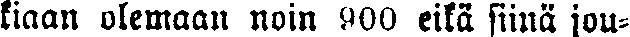
kiaan olemaan noin 900 eikä siinä jou-